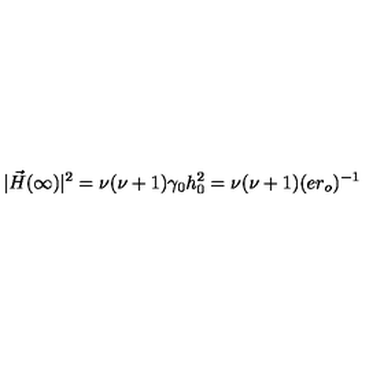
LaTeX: | \vec { H } ( \infty ) | ^ { 2 } = \nu ( \nu + 1 ) \gamma _ { 0 } h _ { 0 } ^ { 2 } = \nu ( \nu + 1 ) ( e r _ { o } ) ^ { - 1 }